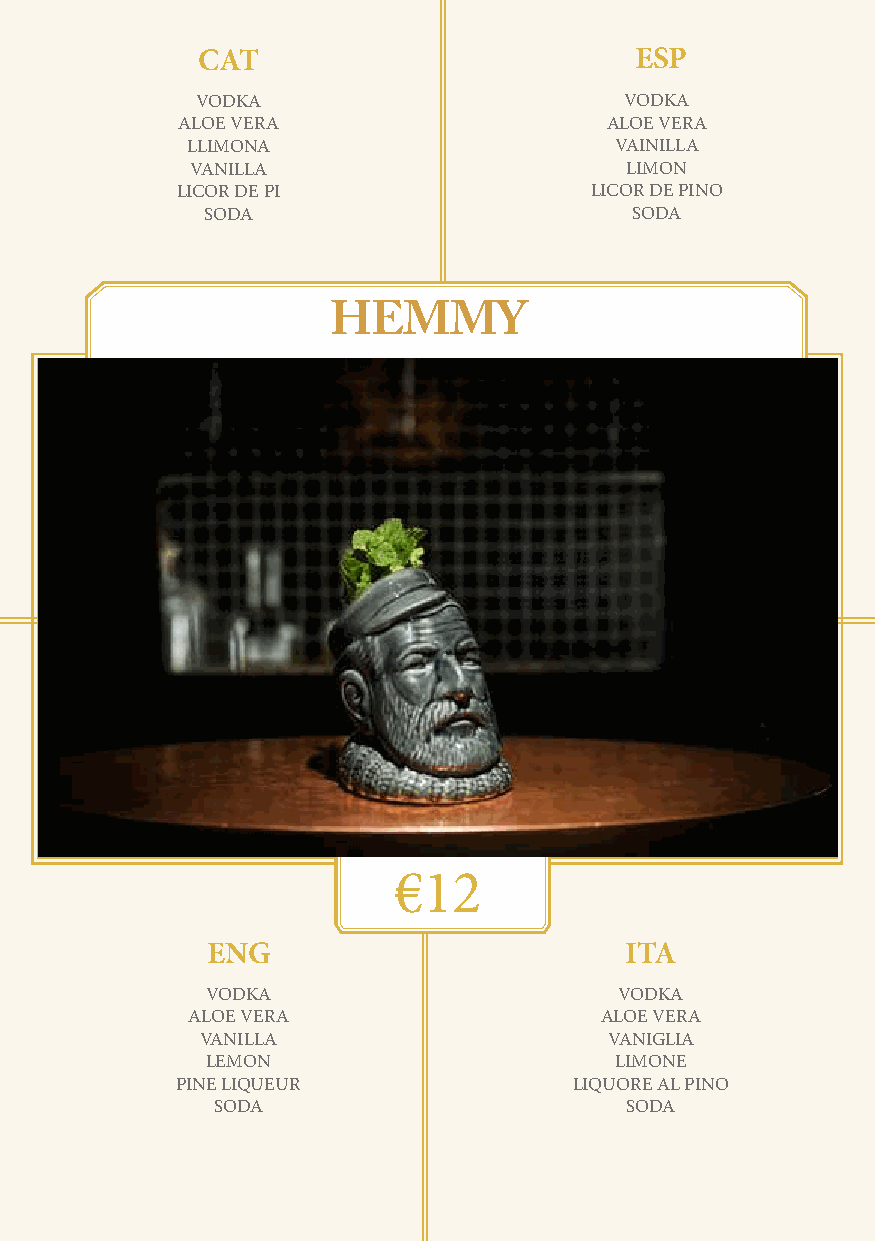
CAT                          ESP
 VODKA                       VODKA
 ALOE VERA                   ALOE VERA
 LLIMONA                      VAINILLA
 VANILLA                     LIMON
 LICOR DE PI                LICOR DE PINO
 SODA                        SODA
 HOW I MET YOUR FATHER HEMMY
 €12
 ENG                        ITA
 VODKA                      VODKA
 ALOE VERA                   ALOE VERA
 VANILLA                    VANIGLIA
 LEMON                      LIMONE
 PINE LIQUEUR              LIQUORE AL PINO
 SODA                       SODA